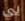
بي